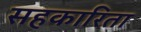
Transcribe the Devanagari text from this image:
सहकारिता